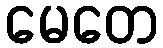
မေတေ